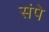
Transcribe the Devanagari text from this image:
संपे